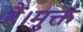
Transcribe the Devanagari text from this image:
हैं।मुक्त